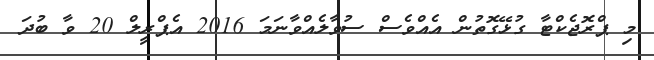
މި ޕްރޮޖެކްޓާ ގުޅޭގޮތުން އެއްވެސް ސުވާލެއްވާނަމަ 2016 އެޕްރީލް 20 ވާ ބުދަ